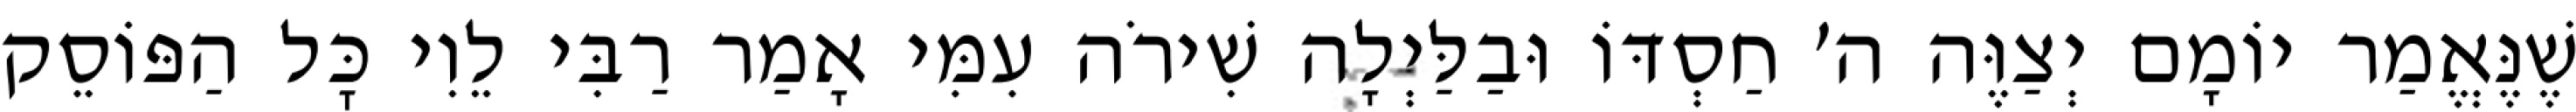
שֶׁנֶּאֱמַר יוֹמָם יְצַוֶּה ה׳ חַסְדּוֹ וּבַלַּיְלָה שִׁירֹה עִמִּי אָמַר רַבִּי לֵוִי כׇּל הַפּוֹסֵק